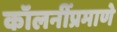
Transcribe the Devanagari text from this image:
कॉलनींप्रमाणे